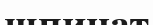
шпинат